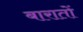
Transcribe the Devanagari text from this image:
बारातों